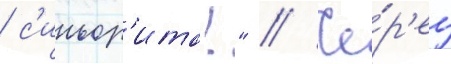
/ с'иньор'ита!" // Че́р'ез